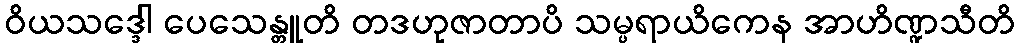
ဝိယသဒ္ဒေါ ပေသေန္တူတိ တဒဟုဇာတာပိ သမ္ပရာယိကေန အာဟိဏ္ဍသီတိ